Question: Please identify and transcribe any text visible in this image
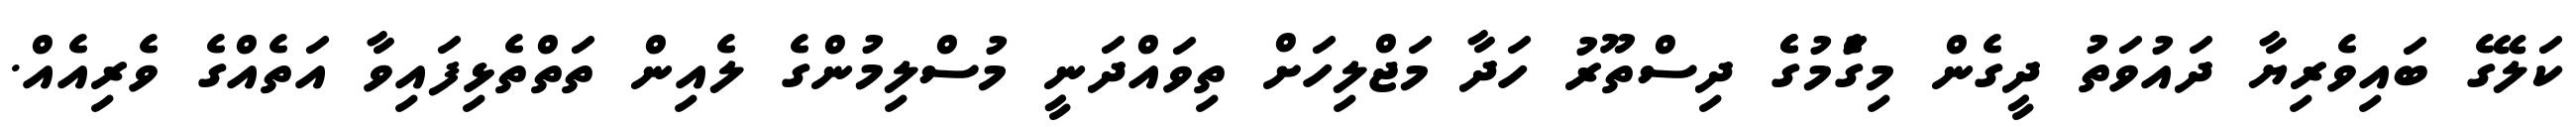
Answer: ކަލޭގެ ބައިވެރިޔާ ދައުވަތު ދީގެން މިގަެުމުގެެ ދިސްތޫރު ހަދާ މަޖްލިހަށް ތިވައްދަނީ މުސްލިމުންގެ ލެއިން ތަތްތެޅިފައިވާ އަތެއްގެ ވެރިއެއް.